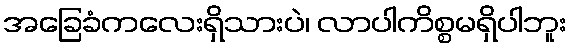
အခြေခံကလေးရှိသားပဲ၊ လာပါကိစ္စမရှိပါဘူး